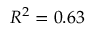
R ^ { 2 } = 0 . 6 3